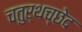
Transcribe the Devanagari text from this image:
चतुर्थच्छेद